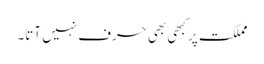
مملکت پر کبھی بھی حرف نہیں آتا۔